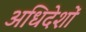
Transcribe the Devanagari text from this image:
अधिदेशों